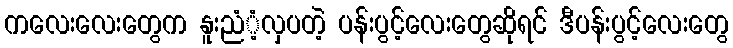
ကလေးလေးတွေက နူးညံံ့လှပတဲ့ ပန်းပွင့်လေးတွေဆိုရင် ဒီပန်းပွင့်လေးတွေ